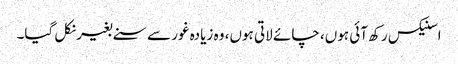
اسنیکس رکھ آئی ہوں، چائے لاتی ہوں، وہ زیادہ غور سے سنے بغیر نکل گیا۔